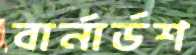
বার্নার্ডশ